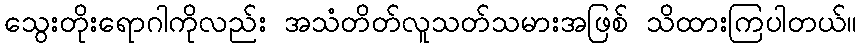
သွေးတိုးရောဂါကိုလည်း အသံတိတ်လူသတ်သမားအဖြစ် သိထားကြပါတယ်။